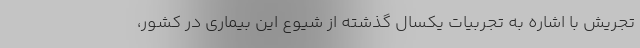
تجریش با اشاره به تجربیات یکسال گذشته از شیوع این بیماری در کشور،‌